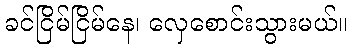
ခင်ငြိမ်ငြိမ်နေ၊ လှေစောင်းသွားမယ်။